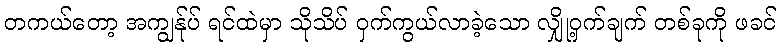
တကယ်တော့ အကျွန်ုပ် ရင်ထဲမှာ သိုသိပ် ဝှက်ကွယ်လာခဲ့သော လျှို့ဝှက်ချက် တစ်ခုကို ဖခင်